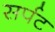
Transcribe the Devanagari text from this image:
सर्पट